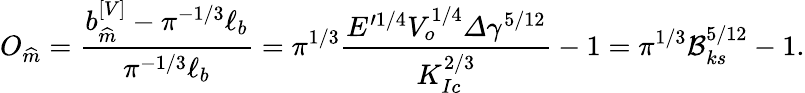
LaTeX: O_{\widehat{m}}=\frac{b_{\widehat{m}}^{\left[V\right]}-\pi^{-1/3}\ell_{b}}{\pi^{-1/3}\ell_{b}}=\pi^{1/3}\frac{E^{\prime 1/4}V_{o}^{1/4}\varDelta\gamma^{5/12}}{K_{Ic}^{2/3}}-1=\pi^{1/3}\mathcal{B}_{ks}^{5/12}-1.